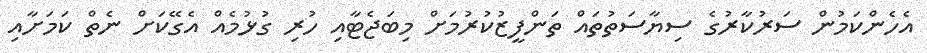
އެހެންކަމުން ސަރުކާރުގެ ސިޔާސަތުތައް ތަންފީޒުކުރުމަށް މިބަޖެޓާއި ހުރި ގުޅުމެއް އެގޭކަށް ނެތް ކަމަށާއި